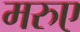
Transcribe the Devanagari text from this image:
मरुए